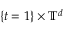
\{ t = 1 \} \times \ensuremath { \mathbb { T } } ^ { d }